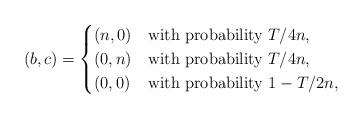
LaTeX: \begin{align*}(b,c) = \begin{cases}(n,0) & \mbox{with probability $T/4n$,} \\(0,n) & \mbox{with probability $T/4n$,} \\(0,0) & \mbox{with probability $1 - T/2n$,} \\\end{cases} \end{align*}